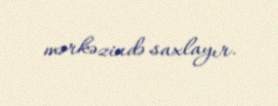
mərkəzində saxlayır.